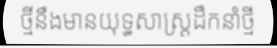
ថ្មីនឹងមានយុទ្ធសាស្ត្រដឹកនាំថ្មី